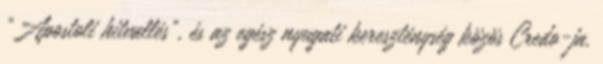
"Apostoli hitvallés", és az egész nyugati kereszténység közös Credo-ja.